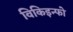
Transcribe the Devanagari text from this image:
विकिइन्फो